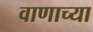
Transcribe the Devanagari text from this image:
वाणाच्या